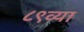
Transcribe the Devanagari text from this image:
८९व्या